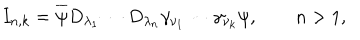
I _ { n , k } = \overline { { { \psi } } } D _ { \lambda _ { 1 } } \cdots D _ { \lambda _ { n } } \gamma _ { \nu _ { 1 } } \cdots \gamma _ { \nu _ { k } } \psi , \qquad n > 1 ,